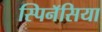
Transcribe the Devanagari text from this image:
स्पिनॅसिया